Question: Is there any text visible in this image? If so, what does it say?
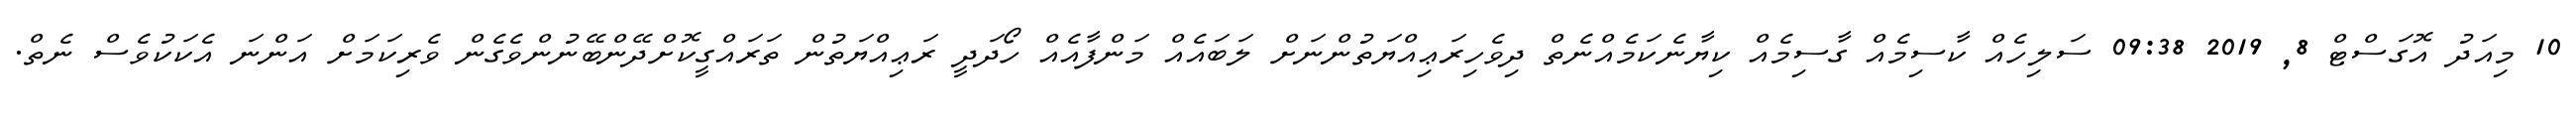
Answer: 10 މިއަދު އޮގަސްޓް 8, 2019 09:38 ސަލިހެއް ކާސިމެއް ގާސިމެއް ކިޔާނެކަމެއްނެތް ދިވެހިރަޢިއްޔަތުންނަށް ލަބައެއް މަންފާއެއް ހޯދަދީ ރަޢިއްޔަތުން ތަރައްގީކޮށްދޭންބޭނުންވެގެން ވެރިކަމަށް އަންނަ އެކަކުވެސް ނެތް.